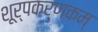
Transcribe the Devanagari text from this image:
शूर्पकर्णकम्